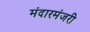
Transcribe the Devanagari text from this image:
मंदारमंजरी